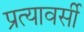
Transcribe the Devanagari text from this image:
प्रत्यावर्सी